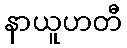
နာယူဟတီ